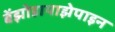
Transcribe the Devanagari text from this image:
बेंझोडायाझेपाइन